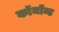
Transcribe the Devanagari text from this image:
कॉमॉन्ट